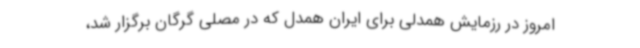
امروز در رزمایش همدلی برای ایران همدل که در مصلی گرگان برگزار شد،